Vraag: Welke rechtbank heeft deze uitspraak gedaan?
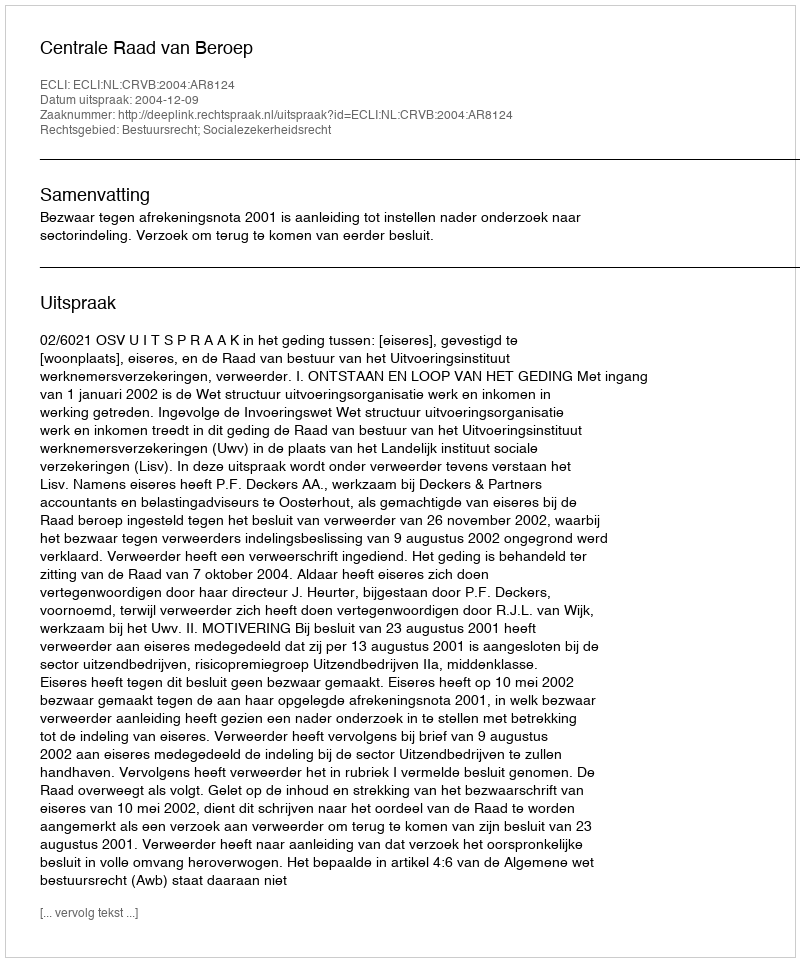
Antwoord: Centrale Raad van Beroep